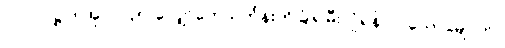
ပါ-၇၀၊ ဋ္ဌ-ဒု-အုပ်-၂၄၅၊ လျှော်တေသင်္ကန်းကိုခြုံ၍မီးလှုံရန်လာသောမျောက်။